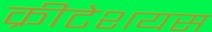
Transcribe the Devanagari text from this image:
क्रीटेशयस